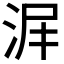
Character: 𣴅